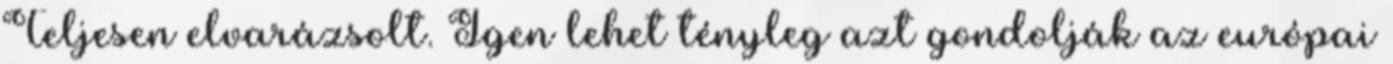
Teljesen elvarázsolt. Igen lehet tényleg azt gondolják az európai